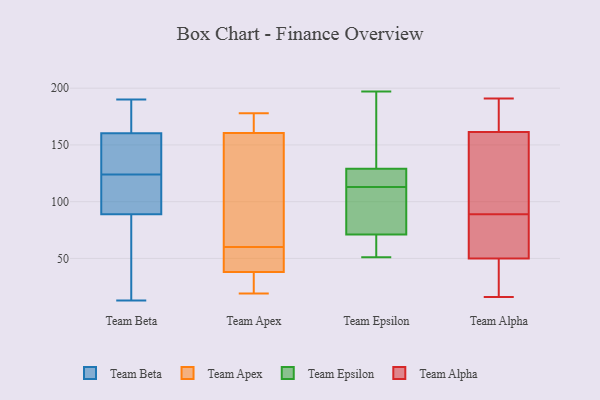
{"axis": {"x": "Customer Acquisition Cost (USD)", "y": "Value"}, "legend": ["Team Alpha", "Team Apex", "Team Beta", "Team Epsilon"], "data": [{"x": "", "y": 188, "type": "Team Beta"}, {"x": "", "y": 83, "type": "Team Beta"}, {"x": "", "y": 91, "type": "Team Beta"}, {"x": "", "y": 124, "type": "Team Beta"}, {"x": "", "y": 13, "type": "Team Beta"}, {"x": "", "y": 176, "type": "Team Beta"}, {"x": "", "y": 118, "type": "Team Beta"}, {"x": "", "y": 27, "type": "Team Beta"}, {"x": "", "y": 183, "type": "Team Beta"}, {"x": "", "y": 135, "type": "Team Beta"}, {"x": "", "y": 118, "type": "Team Beta"}, {"x": "", "y": 190, "type": "Team Beta"}, {"x": "", "y": 104, "type": "Team Beta"}, {"x": "", "y": 83, "type": "Team Beta"}, {"x": "", "y": 132, "type": "Team Beta"}, {"x": "", "y": 155, "type": "Team Beta"}, {"x": "", "y": 143, "type": "Team Beta"}, {"x": "", "y": 92, "type": "Team Apex"}, {"x": "", "y": 146, "type": "Team Apex"}, {"x": "", "y": 31, "type": "Team Apex"}, {"x": "", "y": 46, "type": "Team Apex"}, {"x": "", "y": 74, "type": "Team Apex"}, {"x": "", "y": 46, "type": "Team Apex"}, {"x": "", "y": 175, "type": "Team Apex"}, {"x": "", "y": 175, "type": "Team Apex"}, {"x": "", "y": 45, "type": "Team Apex"}, {"x": "", "y": 178, "type": "Team Apex"}, {"x": "", "y": 19, "type": "Team Apex"}, {"x": "", "y": 26, "type": "Team Apex"}, {"x": "", "y": 197, "type": "Team Epsilon"}, {"x": "", "y": 128, "type": "Team Epsilon"}, {"x": "", "y": 70, "type": "Team Epsilon"}, {"x": "", "y": 72, "type": "Team Epsilon"}, {"x": "", "y": 173, "type": "Team Epsilon"}, {"x": "", "y": 108, "type": "Team Epsilon"}, {"x": "", "y": 51, "type": "Team Epsilon"}, {"x": "", "y": 129, "type": "Team Epsilon"}, {"x": "", "y": 118, "type": "Team Epsilon"}, {"x": "", "y": 71, "type": "Team Epsilon"}, {"x": "", "y": 159, "type": "Team Alpha"}, {"x": "", "y": 44, "type": "Team Alpha"}, {"x": "", "y": 98, "type": "Team Alpha"}, {"x": "", "y": 182, "type": "Team Alpha"}, {"x": "", "y": 44, "type": "Team Alpha"}, {"x": "", "y": 40, "type": "Team Alpha"}, {"x": "", "y": 191, "type": "Team Alpha"}, {"x": "", "y": 80, "type": "Team Alpha"}, {"x": "", "y": 164, "type": "Team Alpha"}, {"x": "", "y": 56, "type": "Team Alpha"}, {"x": "", "y": 93, "type": "Team Alpha"}, {"x": "", "y": 85, "type": "Team Alpha"}, {"x": "", "y": 84, "type": "Team Alpha"}, {"x": "", "y": 117, "type": "Team Alpha"}, {"x": "", "y": 16, "type": "Team Alpha"}, {"x": "", "y": 177, "type": "Team Alpha"}]}